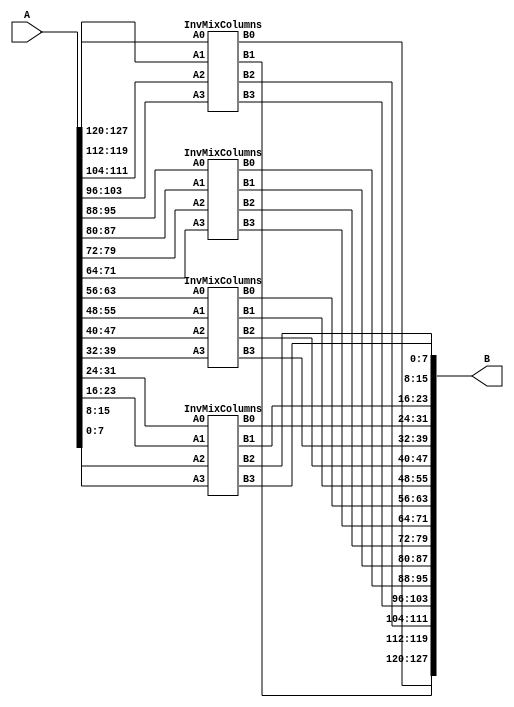
module OrgMixColumns(A,B);

input [127:0] A;
output [127:0] B;

// Split the 128-bit input into four 32-bit segments
wire [31:0] input_wires[3:0];
assign input_wires[0] = A[127:96];
assign input_wires[1] = A[95:64];
assign input_wires[2] = A[63:32];
assign input_wires[3] = A[31:0];

// Outputs for each MixColumns instance
wire [31:0] output_wires[3:0];

// Instantiate the MixColumns module four times
InvMixColumns mix0(input_wires[0][31:24], input_wires[0][23:16], input_wires[0][15:8], input_wires[0][7:0],
                output_wires[3][31:24], output_wires[3][23:16], output_wires[3][15:8], output_wires[3][7:0]);

InvMixColumns mix1(input_wires[1][31:24], input_wires[1][23:16], input_wires[1][15:8], input_wires[1][7:0],
                output_wires[2][31:24], output_wires[2][23:16], output_wires[2][15:8], output_wires[2][7:0]);

InvMixColumns mix2(input_wires[2][31:24], input_wires[2][23:16], input_wires[2][15:8], input_wires[2][7:0],
                output_wires[1][31:24], output_wires[1][23:16], output_wires[1][15:8], output_wires[1][7:0]);

InvMixColumns mix3(input_wires[3][31:24], input_wires[3][23:16], input_wires[3][15:8], input_wires[3][7:0],
                output_wires[0][31:24], output_wires[0][23:16], output_wires[0][15:8], output_wires[0][7:0]);

// Combine the 32-bit segments into the 128-bit output
assign B[127:96] = output_wires[3];
assign B[95:64] = output_wires[2];
assign B[63:32] = output_wires[1];
assign B[31:0] = output_wires[0];

endmodule


module InvMixColumns (A0,A1,A2,A3,B0,B1,B2,B3);

input [7:0]A0;
input [7:0]A1;
input [7:0]A2;
input [7:0]A3;

output [7:0]B0;
output [7:0]B1;
output [7:0]B2;
output [7:0]B3;
  
  function [7:0] xtime(input [7:0] A,input integer n);
integer i;
begin
for(i = 0;i < n;i = i + 1)
	begin
		A = (A << 1) ^ (((A >> 7) & 1) * 8'h1b);
	end
	xtime = A;
end 
endfunction

function [7:0] xtime0e(input [7:0] A);
begin
	xtime0e = xtime(A,3) ^ xtime(A,2) ^ xtime(A,1);
end 
endfunction
function [7:0] xtime0b(input [7:0] A);
begin
	xtime0b = xtime(A,3) ^ xtime(A,1) ^ A;
end 
endfunction
function [7:0] xtime0d(input [7:0] A);
begin
	xtime0d = xtime(A,3) ^ xtime(A,2) ^ A;
end 
endfunction
function [7:0] xtime09(input [7:0] A);
begin
	xtime09 = xtime(A,3) ^ A;
end 
endfunction


assign B0 = xtime0e(A0) ^ xtime0b(A1) ^ xtime0d(A2) ^ xtime09(A3);
assign B1 = xtime09(A0) ^ xtime0e(A1) ^ xtime0b(A2) ^ xtime0d(A3);
assign B2 = xtime0d(A0) ^ xtime09(A1) ^ xtime0e(A2) ^ xtime0b(A3);
assign B3 = xtime0b(A0) ^ xtime0d(A1) ^ xtime09(A2) ^ xtime0e(A3);


endmodule